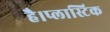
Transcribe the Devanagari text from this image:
है।प्लास्टिक